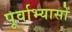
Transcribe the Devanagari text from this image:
पूर्वाभ्यासों